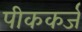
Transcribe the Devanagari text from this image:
पीककर्ज